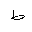
Letter: _da